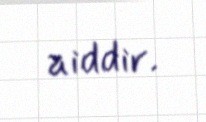
aiddir.